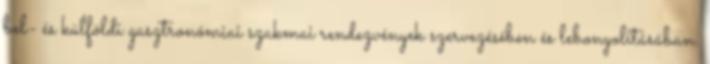
bel- és külföldi gasztronómiai szakmai rendezvények szervezésében és lebonyolításában.